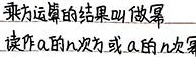
乘方运算的结果叫做幂
读作\(a\)的\(n\)次幂或\(a\)的\(n\)次乘方